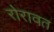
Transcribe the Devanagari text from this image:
रोरावत